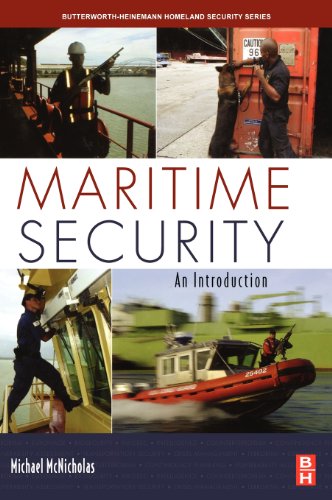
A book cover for Maritime Security: An Introduction (Butterworth-Heinemann Homeland Security); Michael McNicholas; Law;